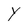
Character: y